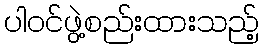
ပါဝင်ဖွဲ့စည်းထားသည့်